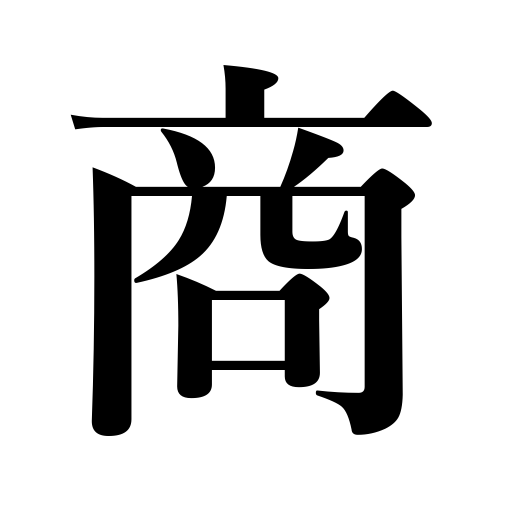
Meanings: trade in,merchant,sell,quotient,trade,handle